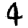
Digit: 4